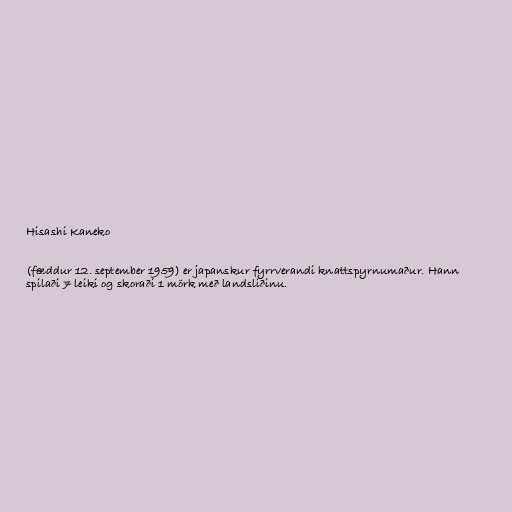
Hisashi Kaneko

(fæddur 12. september 1959) er japanskur fyrrverandi knattspyrnumaður. Hann
spilaði 7 leiki og skoraði 1 mörk með landsliðinu.